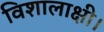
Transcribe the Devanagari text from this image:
विशालाक्षी।